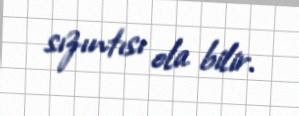
sızıntısı ola bilir.